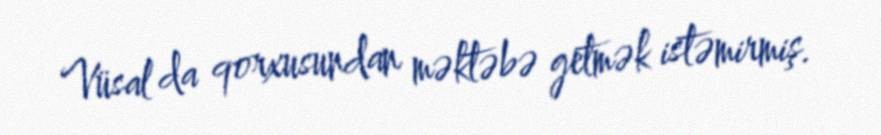
Vüsal da qorxusundan məktəbə getmək istəmirmiş.